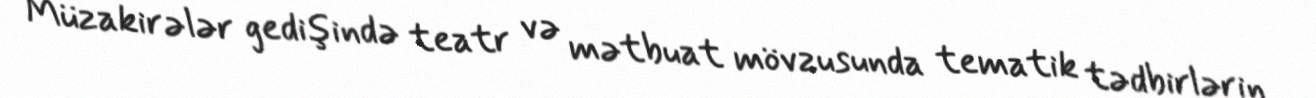
Müzakirələr gedişində teatr və mətbuat mövzusunda tematik tədbirlərin